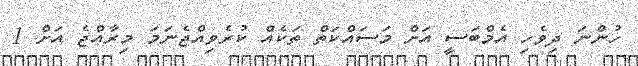
ހުންނަ ދިވެހި އެމްބަސީ އަށް މަސައްކަތް ތަކެއް ކުރެވިއްޖެނަމަ މިރާއްޖެ އަށް 1